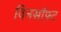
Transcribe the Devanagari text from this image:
विनसॉफ़्ट